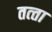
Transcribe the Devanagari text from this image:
तत्‍ता